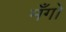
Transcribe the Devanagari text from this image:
मँगो